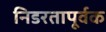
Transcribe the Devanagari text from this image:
निडरतापूर्वक